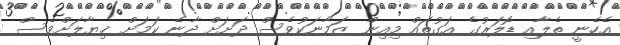
އެހެނީ ތެލާއި ޑޮލަރުގެ އަގުތައް މިއިން ޒަމާނަކުވެސް ދަށަށް ދާނެ ކަމަށް ޚިޔާލަށްވެސް